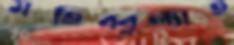
মহিব্বুল্যাহ